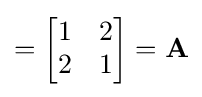
={\begin{bmatrix}1&2\\2&1\end{bmatrix}}=\mathbf {A}